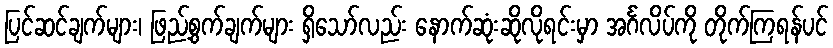
ပြင်ဆင်ချက်များ၊ ဖြည့်စွက်ချက်များ ရှိသော်လည်း နောက်ဆုံးဆိုလိုရင်းမှာ အင်္ဂလိပ်ကို တိုက်ကြရန်ပင်